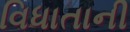
વિધાતાની